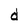
Character: d